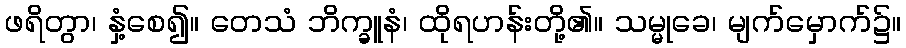
ဖရိတွာ၊ နှံ့စေ၍။ တေသံ ဘိက္ခူနံ၊ ထိုရဟန်းတို့၏။ သမ္မုခေ၊ မျက်မှောက်၌။